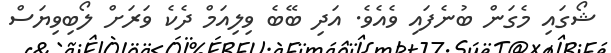
ޝޯގައި މެގަން ބުނެފައި ވެއެވެ. އަދި ބޭބެ ވިލިއަމް ދެކެ ވަރަށް ލޯބިވިޔަސް